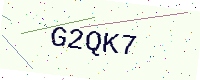
Text: G2QK7